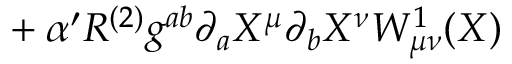
{ } + \alpha ^ { \prime } R ^ { ( 2 ) } g ^ { a b } \partial _ { a } X ^ { \mu } \partial _ { b } X ^ { \nu } W _ { \mu \nu } ^ { 1 } ( X )